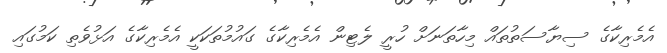
އެމެރިކާގެ ސިޔާސަތުތައް މިހާތަނަށް ހުރީ ލެޓިން އެމެރިކާގެ ގައުމުތަކަކީ އެމެރިކާގެ އަޅުވެތި ކަމުގައި